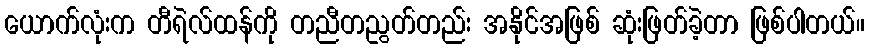
ယောက်လုံးက တီရဲလ်ထန်ကို တညီတညွတ်တည်း အနိုင်အဖြစ် ဆုံးဖြတ်ခဲ့တာ ဖြစ်ပါတယ်။